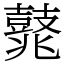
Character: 𪔛